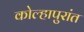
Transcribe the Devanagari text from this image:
कोल्हापुरांत